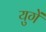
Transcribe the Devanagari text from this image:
युगें